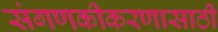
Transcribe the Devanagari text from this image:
संगणकीकरणासाठी